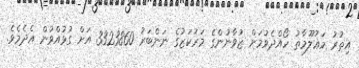
އިތުރު މަޢުލޫމާތު ހޯއްދެވުމަށް ޒުވާނުންގެ މަރުކަޒުގެ ނަންބަރު 3323860 އަށް ގުޅުއްވުން އެދެމެވެ.